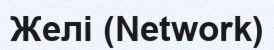
Желі (Network)